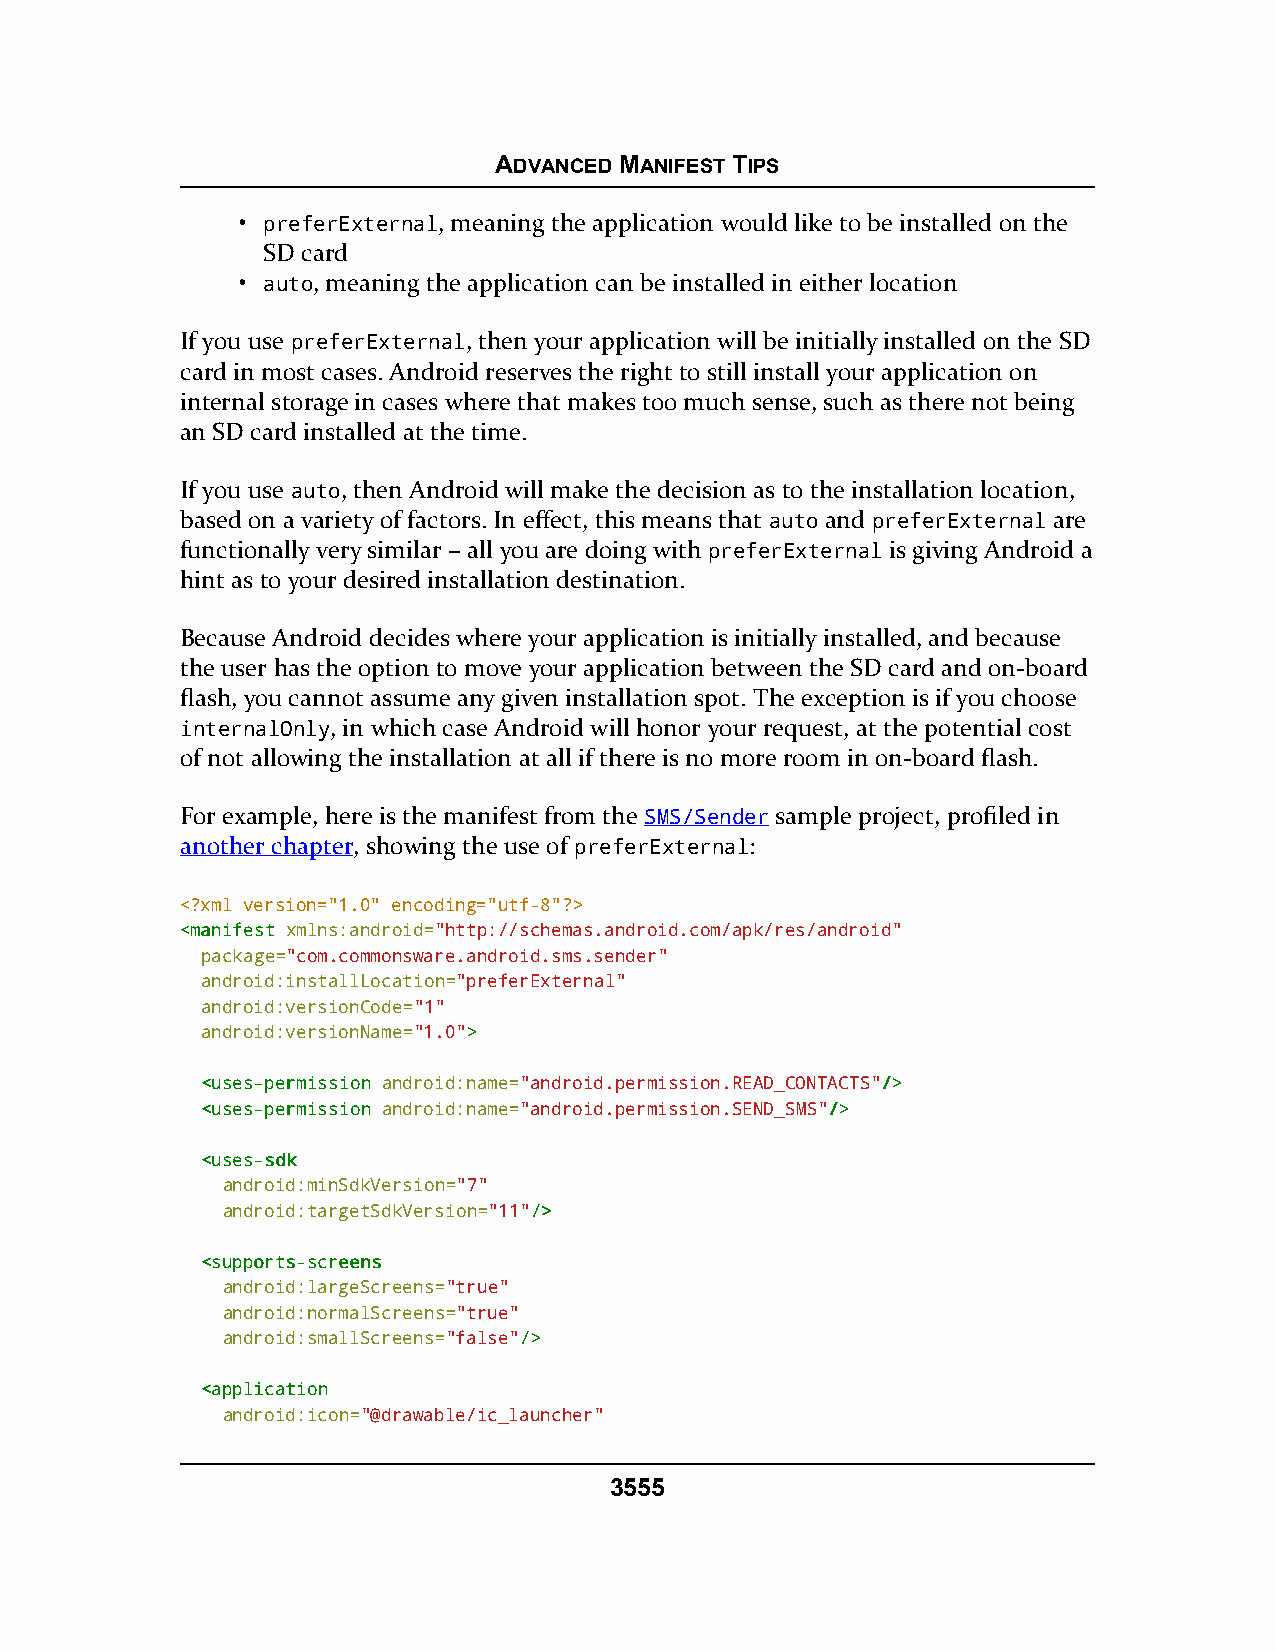
ADVANCED MANIFEST TIPS
 • preferExternal, meaning the application would like to be installed on the
 SD card
 • auto, meaning the application can be installed in either location
 If you use preferExternal, then your application will be initially installed on the SD
 card in most cases. Android reserves the right to still install your application on
 internal storage in cases where that makes too much sense, such as there not being
 an SD card installed at the time.
 If you use auto, then Android will make the decision as to the installation location,
 based on a variety of factors. In effect, this means that auto and preferExternal are
 functionally very similar – all you are doing with preferExternal is giving Android a
 hint as to your desired installation destination.
 Because Android decides where your application is initially installed, and because
 the user has the option to move your application between the SD card and on-board
 flash, you cannot assume any given installation spot. The exception is if you choose
 internalOnly, in which case Android will honor your request, at the potential cost
 of not allowing the installation at all if there is no more room in on-board flash.
 For example, here is the manifest from the SMS/Sender sample project, profiled in
 another chapter, showing the use of preferExternal:
 <?xml version="1.0" encoding="utf-8"?>
 <<mmaanniiffeesstt xmlns:android="http://schemas.android.com/apk/res/android"
 package="com.commonsware.android.sms.sender"
 android:installLocation="preferExternal"
 android:versionCode="1"
 android:versionName="1.0">>
 <<uusseess--ppeerrmmiissssiioonn android:name="android.permission.READ_CONTACTS"//>>
 <<uusseess--ppeerrmmiissssiioonn android:name="android.permission.SEND_SMS"//>>
 <<uusseess--ssddkk
 android:minSdkVersion="7"
 android:targetSdkVersion="11"//>>
 <<ssuuppppoorrttss--ssccrreeeennss
 android:largeScreens="true"
 android:normalScreens="true"
 android:smallScreens="false"//>>
 <<aapppplliiccaattiioonn
 android:icon="@drawable/ic_launcher"
 3555